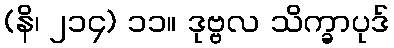
(နိ၊ ၂၁၄) ၁၁။ ဒုဗ္ဗလ သိက္ခာပုဒ်